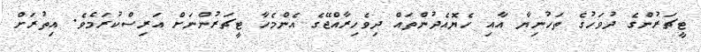
ޓީޗަރުންގެ ދުވަހުގެ ތަހުނިޔާ އާއި ހެޔޮއެދުންތައް ދިވެހިރާއްޖޭގެ އެންމެހާ ޓީޗަރުންނަށް އަރިސްކުރަމެވެ. އިތުރަށް